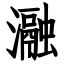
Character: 瀜